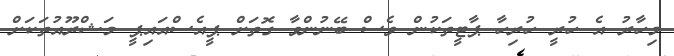
މިހާރު އެ ހުރީ ހުރިހާ ޕާޓީތަކުން ވެސް ބޭނުންވާ ގޮތަށް ޕީއެސްއައިޕީ މަޝްރޫއުތަކަށް